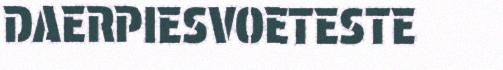
DAERPIESVOETESTE